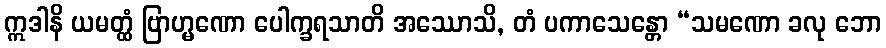
ဣဒါနိ ယမတ္ထံ ဗြာဟ္မဏော ပေါက္ခရသာတိ အဿောသိ, တံ ပကာသေန္တော “သမဏော ခလု ဘော